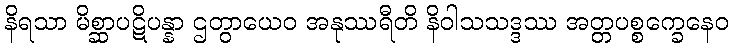
နိရသာ မိစ္ဆာပဋိပန္နာ ဌတွာယေဝ အနုဿရီတိ နိဝါသသဒ္ဒဿ အတ္တပစ္စက္ခေနေဝ